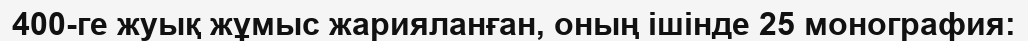
400-ге жуық жұмыс жарияланған, оның ішінде 25 монография: